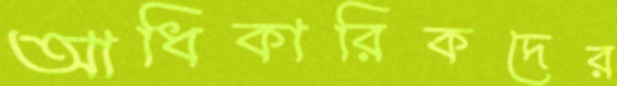
আধিকারিকদের